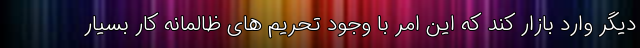
دیگر وارد بازار کند که این امر با وجود تحریم های ظالمانه کار بسیار